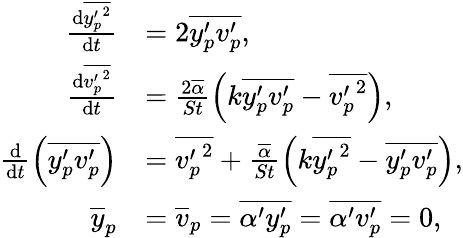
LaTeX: \begin{array}{rl}{\frac{\mathrm{d}\overline{{{y_{p}^{\prime}}^{2}}}}{\mathrm{d}t}}&{=2\overline{{y_{p}^{\prime}v_{p}^{\prime}}},}\\ {\frac{\mathrm{d}\overline{{{v_{p}^{\prime}}^{2}}}}{\mathrm{d}t}}&{=\frac{2\overline{{\alpha}}}{St}\left(k\overline{{y_{p}^{\prime}v_{p}^{\prime}}}-\overline{{{v_{p}^{\prime}}^{2}}}\right),}\\ {\frac{\mathrm{d}}{\mathrm{d}t}\left(\overline{{y_{p}^{\prime}v_{p}^{\prime}}}\right)}&{=\overline{{{v_{p}^{\prime}}^{2}}}+\frac{\overline{{\alpha}}}{St}\left(k\overline{{{y_{p}^{\prime}}^{2}}}-\overline{{y_{p}^{\prime}v_{p}^{\prime}}}\right),}\\ {\overline{{y}}_{p}}&{=\overline{{v}}_{p}=\overline{{\alpha^{\prime}y_{p}^{\prime}}}=\overline{{\alpha^{\prime}v_{p}^{\prime}}}=0,}\end{array}